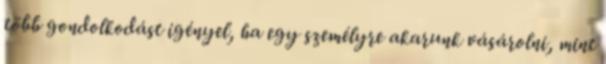
több gondolkodást igényel, ha egy személyre akarunk vásárolni, mint